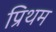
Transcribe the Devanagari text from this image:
प्रिथम